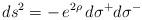
LaTeX: \begin{align*}\:ds^{2} = -\,e^{2\rho }\,d\sigma^{+}d\sigma^{-}\:\end{align*}